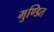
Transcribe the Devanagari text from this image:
मुण्डित